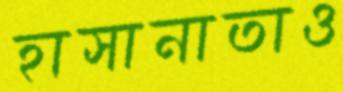
হাসানাতাও